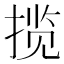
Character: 揽